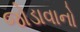
જોડાવાનો